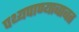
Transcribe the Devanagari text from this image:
पथ्यपाण्याबाबत